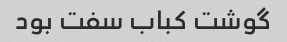
گوشت کباب سفت بود